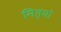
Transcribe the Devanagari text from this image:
नित्यो